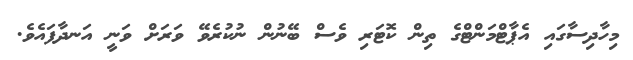
މިހާދިސާގައި އެޕާޓްމަންޓްގެ ތިން ކޮޓަރި ވެސް ބޭނުން ނުކުރެވޭ ވަރަށް ވަނީ އަނދާފައެވެ.